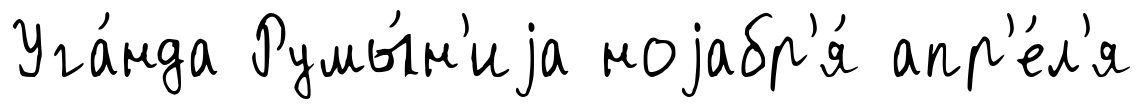
Уга́нда Румы́н'иjа ноjабр'я́ апр'е́л'я